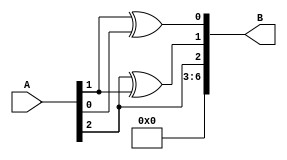
module GrayCode (
    input [2:0] A,
    output [6:0] B
);
    assign B = {4'b0000, A[2], A[2]^A[1], A[1]^A[0]};
endmodule